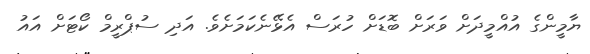
ޔާމީންގެ އުއްމީދަށް ވަރަށް ބޮޑަށް ހުރަސް އެޅޭނެކަމަށެވެ. އަދި ސުޕްރީމް ކޯޓަށް އައު